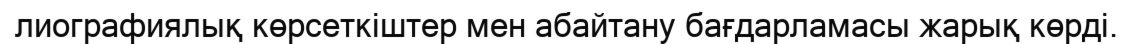
лиографиялық көрсеткіштер мен абайтану бағдарламасы жарық көрді.